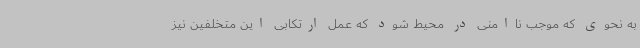
به نحوی که موجب ناامنی در محیط شود که عمل ارتکابی این متخلفین نیز